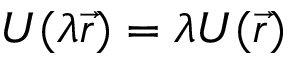
U ( \lambda \vec { r } ) = \lambda U ( \vec { r } )